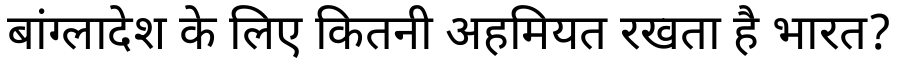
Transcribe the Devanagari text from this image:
बांग्लादेश के लिए कितनी अहमियत रखता है भारत?